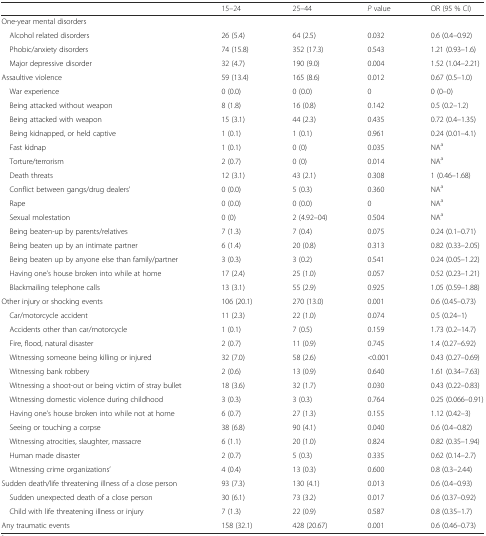
<table><thead><tr><td></td><td><b>15–24</b></td><td><b>25–44</b></td><td><b><i>P</i> value</b></td><td><b>OR (95 % CI)</b></td></tr></thead><tbody><tr><td>One-year mental disorders</td><td></td><td></td><td></td><td></td></tr><tr><td> Alcohol related disorders</td><td>26 (5.4)</td><td>64 (2.5)</td><td>0.032</td><td>0.6 (0.4–0.92)</td></tr><tr><td> Phobic/anxiety disorders</td><td>74 (15.8)</td><td>352 (17.3)</td><td>0.543</td><td>1.21 (0.93–1.6)</td></tr><tr><td> Major depressive disorder</td><td>32 (4.7)</td><td>190 (9.0)</td><td>0.004</td><td>1.52 (1.04–2.21)</td></tr><tr><td>Assaultive violence</td><td>59 (13.4)</td><td>165 (8.6)</td><td>0.012</td><td>0.67 (0.5–1.0)</td></tr><tr><td> War experience</td><td>0 (0.0)</td><td>0 (0.0)</td><td>0</td><td>0 (0–0)</td></tr><tr><td> Being attacked without weapon</td><td>8 (1.8)</td><td>16 (0.8)</td><td>0.142</td><td>0.5 (0.2–1.2)</td></tr><tr><td> Being attacked with weapon</td><td>15 (3.1)</td><td>44 (2.3)</td><td>0.435</td><td>0.72 (0.4–1.35)</td></tr><tr><td> Being kidnapped, or held captive</td><td>1 (0.1)</td><td>1 (0.1)</td><td>0.961</td><td>0.24 (0.01–4.1)</td></tr><tr><td> Fast kidnap</td><td>1 (0.1)</td><td>0 (0)</td><td>0.035</td><td>NA<sup>a</sup></td></tr><tr><td> Torture/terrorism</td><td>2 (0.7)</td><td>0 (0)</td><td>0.014</td><td>NA<sup>a</sup></td></tr><tr><td> Death threats</td><td>12 (3.1)</td><td>43 (2.1)</td><td>0.308</td><td>1 (0.46–1.68)</td></tr><tr><td> Conflict between gangs/drug dealers’</td><td>0 (0.0)</td><td>5 (0.3)</td><td>0.360</td><td>NA<sup>a</sup></td></tr><tr><td> Rape</td><td>0 (0.0)</td><td>0 (0.0)</td><td>0</td><td>NA<sup>a</sup></td></tr><tr><td> Sexual molestation</td><td>0 (0)</td><td>2 (4.92–04)</td><td>0.504</td><td>NA<sup>a</sup></td></tr><tr><td> Being beaten-up by parents/relatives</td><td>7 (1.3)</td><td>7 (0.4)</td><td>0.075</td><td>0.24 (0.1–0.71)</td></tr><tr><td> Being beaten up by an intimate partner</td><td>6 (1.4)</td><td>20 (0.8)</td><td>0.313</td><td>0.82 (0.33–2.05)</td></tr><tr><td> Being beaten up by anyone else than family/partner</td><td>3 (0.3)</td><td>3 (0.2)</td><td>0.541</td><td>0.24 (0.05–1.22)</td></tr><tr><td> Having one’s house broken into while at home</td><td>17 (2.4)</td><td>25 (1.0)</td><td>0.057</td><td>0.52 (0.23–1.21)</td></tr><tr><td> Blackmailing telephone calls</td><td>13 (3.1)</td><td>55 (2.9)</td><td>0.925</td><td>1.05 (0.59–1.88)</td></tr><tr><td>Other injury or shocking events</td><td>106 (20.1)</td><td>270 (13.0)</td><td>0.001</td><td>0.6 (0.45–0.73)</td></tr><tr><td> Car/motorcycle accident</td><td>11 (2.3)</td><td>22 (1.0)</td><td>0.074</td><td>0.5 (0.24–1)</td></tr><tr><td> Accidents other than car/motorcycle</td><td>1 (0.1)</td><td>7 (0.5)</td><td>0.159</td><td>1.73 (0.2–14.7)</td></tr><tr><td> Fire, flood, natural disaster</td><td>2 (0.7)</td><td>11 (0.9)</td><td>0.745</td><td>1.4 (0.27–6.92)</td></tr><tr><td> Witnessing someone being killing or injured</td><td>32 (7.0)</td><td>58 (2.6)</td><td>&lt;0.001</td><td>0.43 (0.27–0.69)</td></tr><tr><td> Witnessing bank robbery</td><td>2 (0.6)</td><td>13 (0.9)</td><td>0.640</td><td>1.61 (0.34–7.63)</td></tr><tr><td> Witnessing a shoot-out or being victim of stray bullet</td><td>18 (3.6)</td><td>32 (1.7)</td><td>0.030</td><td>0.43 (0.22–0.83)</td></tr><tr><td> Witnessing domestic violence during childhood</td><td>3 (0.3)</td><td>3 (0.3)</td><td>0.764</td><td>0.25 (0.066–0.91)</td></tr><tr><td> Having one’s house broken into while not at home</td><td>6 (0.7)</td><td>27 (1.3)</td><td>0.155</td><td>1.12 (0.42–3)</td></tr><tr><td> Seeing or touching a corpse</td><td>38 (6.8)</td><td>90 (4.1)</td><td>0.040</td><td>0.6 (0.4–0.82)</td></tr><tr><td> Witnessing atrocities, slaughter, massacre</td><td>6 (1.1)</td><td>20 (1.0)</td><td>0.824</td><td>0.82 (0.35–1.94)</td></tr><tr><td> Human made disaster</td><td>2 (0.7)</td><td>5 (0.3)</td><td>0.335</td><td>0.62 (0.14–2.7)</td></tr><tr><td> Witnessing crime organizations’</td><td>4 (0.4)</td><td>13 (0.3)</td><td>0.600</td><td>0.8 (0.3–2.44)</td></tr><tr><td>Sudden death/life threatening illness of a close person</td><td>93 (7.3)</td><td>130 (4.1)</td><td>0.013</td><td>0.6 (0.4–0.93)</td></tr><tr><td> Sudden unexpected death of a close person</td><td>30 (6.1)</td><td>73 (3.2)</td><td>0.017</td><td>0.6 (0.37–0.92)</td></tr><tr><td> Child with life threatening illness or injury</td><td>7 (1.3)</td><td>22 (0.9)</td><td>0.587</td><td>0.8 (0.35–1.7)</td></tr><tr><td>Any traumatic events</td><td>158 (32.1)</td><td>428 (20.67)</td><td>0.001</td><td>0.6 (0.46–0.73)</td></tr></tbody></table>